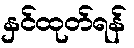
နှင်ထုတ်ရန်